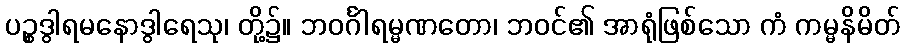
ပဉ္စဒွါရမနောဒွါရေသု၊ တို့၌။ ဘဝင်္ဂါရမ္မဏတော၊ ဘဝင်၏ အာရုံဖြစ်သော ကံ ကမ္မနိမိတ်